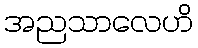
အညသာလေဟိ